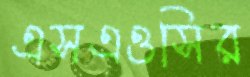
এসএওসির